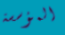
المؤسسة